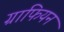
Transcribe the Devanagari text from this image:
ग्राफियन